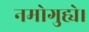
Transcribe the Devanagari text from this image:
नमोगुह्ये।